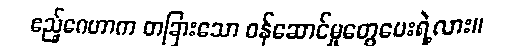
ဧည့်ဂေဟာက တခြားသော ဝန်ဆောင်မှုတွေပေးရဲ့လား။